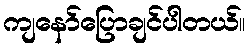
ကျနော်ပြောချင်ပါတယ်။